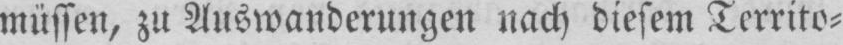
müssen, zu Auswanderungen nach diesem Territo⸗